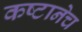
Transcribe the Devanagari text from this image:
कष्टानेच